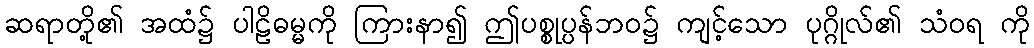
ဆရာတို့၏ အထံ၌ ပါဠိဓမ္မကို ကြားနာ၍ ဤပစ္စုပ္ပန်ဘဝ၌ ကျင့်သော ပုဂ္ဂိုလ်၏ သံဝရ ကို